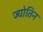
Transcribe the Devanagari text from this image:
ज्‍योतिन